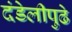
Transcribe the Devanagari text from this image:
दंडेलीपुढे